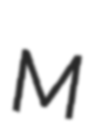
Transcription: M